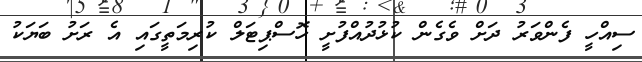
ސިއްހީ ފެންވަރު ދަށް ވެގެން ކުޅުދުއްފުށީ ހޮސްޕިޓަލް ކުރިމަތީގައި އެ ރަށު ބަޔަކު